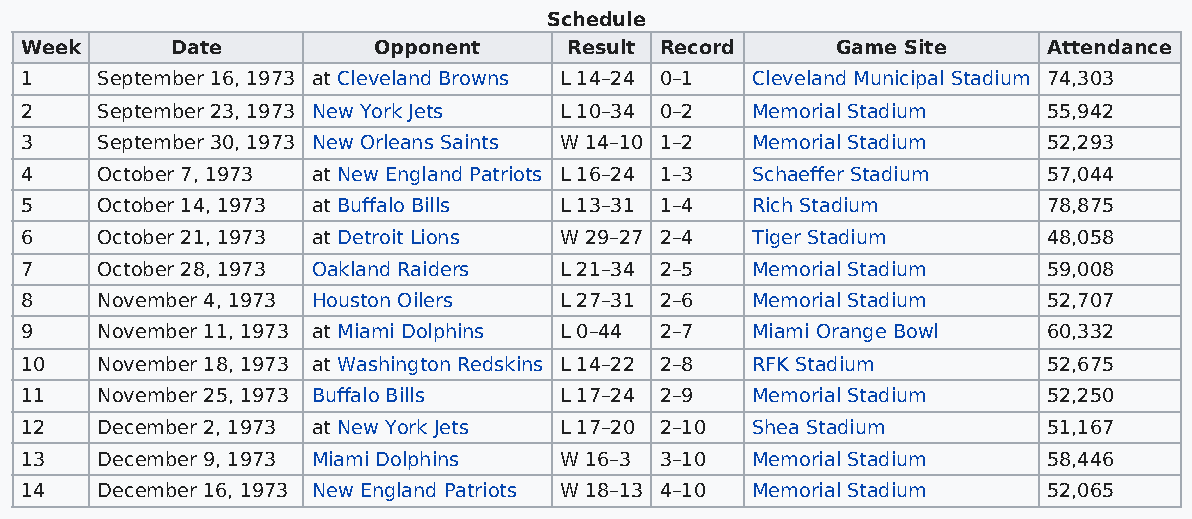
Schedule
 Week      Date          Opponent     Result Record    Game Site     Attendance
 1    September 16, 1973 at Cleveland Browns L 14–24 0–1 Cleveland Municipal Stadium 74,303
 2    September 23, 1973 New York Jets L 10–34 0–2 Memorial Stadium  55,942
 3    September 30, 1973 New Orleans Saints W 14–10 1–2 Memorial Stadium 52,293
 4    October 7, 1973 at New England Patriots L 16–24 1–3 Schaeffer Stadium 57,044
 5    October 14, 1973 at Buffalo Bills L 13–31 1–4 Rich Stadium     78,875
 6    October 21, 1973 at Detroit Lions W 29–27 2–4 Tiger Stadium    48,058
 7    October 28, 1973 Oakland Raiders L 21–34 2–5 Memorial Stadium  59,008
 8    November 4, 1973 Houston Oilers L 27–31 2–6 Memorial Stadium   52,707
 9    November 11, 1973 at Miami Dolphins L 0–44 2–7 Miami Orange Bowl 60,332
 10   November 18, 1973 at Washington Redskins L 14–22 2–8 RFK Stadium 52,675
 11   November 25, 1973 Buffalo Bills L 17–24 2–9 Memorial Stadium   52,250
 12   December 2, 1973 at New York Jets L 17–20 2–10 Shea Stadium    51,167
 13   December 9, 1973 Miami Dolphins W 16–3 3–10 Memorial Stadium   58,446
 14   December 16, 1973 New England Patriots W 18–13 4–10 Memorial Stadium 52,065